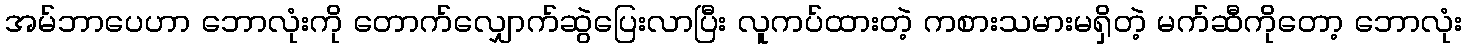
အမ်ဘာပေဟာ ဘောလုံးကို တောက်လျှောက်ဆွဲပြေးလာပြီး လူကပ်ထားတဲ့ ကစားသမားမရှိတဲ့ မက်ဆီကိုတော့ ဘောလုံး